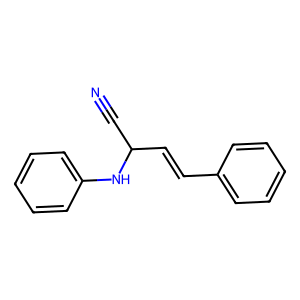
SMILES: N#CC(C=Cc1ccccc1)Nc1ccccc1
Inhibits HIV replication: No